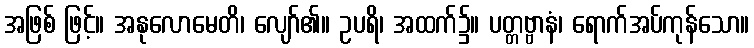
အဖြစ် ဖြင့်။ အနုလောမေတိ၊ လျော်၏။ ဥပရိ၊ အထက်၌။ ပတ္တဗ္ဗာနံ၊ ရောက်အပ်ကုန်သော။